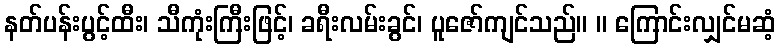
နတ်ပန်းပွင့်ထီး၊ သီကုံးကြီးဖြင့်၊ ခရီးလမ်းခွင်၊ ပူဇော်ကျင်သည်။ ။ ကြောင်းလျှင်မဆံ့